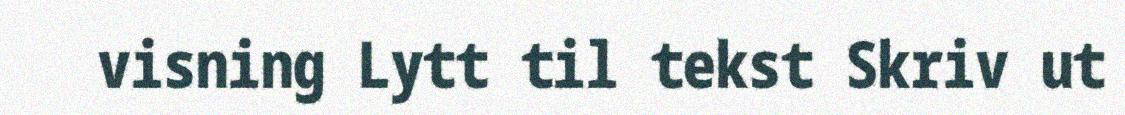
visning Lytt til tekst Skriv ut